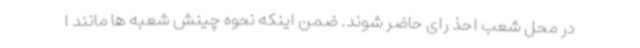
در محل شعب احذ رای حاضر شوند. ضمن اینکه نحوه چینش شعبه ها مانند ا